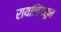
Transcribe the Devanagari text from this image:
रायलिंगहून